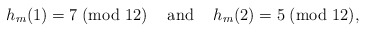
\begin{align*}h_m(1)=7\; (\textrm{mod } 12) \textrm{\; \; and\; \; }h_m(2)=5\; (\textrm{mod } 12),\end{align*}